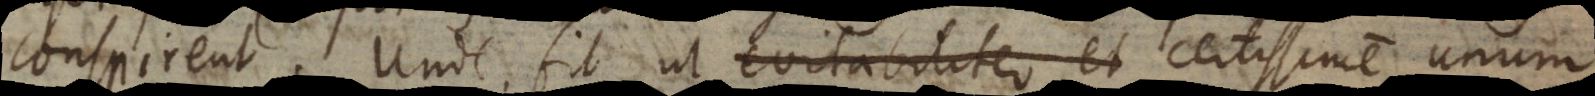
conspirent. Unde fit ut evitabiliter et certissime unum